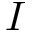
I